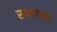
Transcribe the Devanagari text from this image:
स्वागता